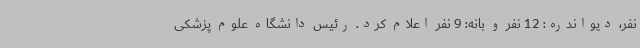
نفر، دیواندره: 12 نفر و بانه: 9 نفر اعلام کرد. رئیس دانشگاه علوم پزشکی